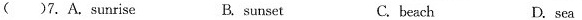
( )7.A. Sunrise B. sunset C.beach D. sea